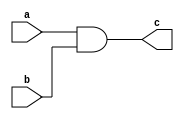
module andgate(a,b,c);
input a,b;
output c;
assign c= a & b;
endmodule